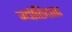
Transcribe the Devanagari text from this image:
ज्योतिदाता